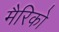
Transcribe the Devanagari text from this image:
मैरिको